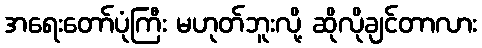
အရေးတော်ပုံကြီး မဟုတ်ဘူးလို့ ဆိုလိုချင်တာလား